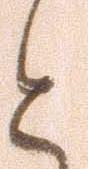
と